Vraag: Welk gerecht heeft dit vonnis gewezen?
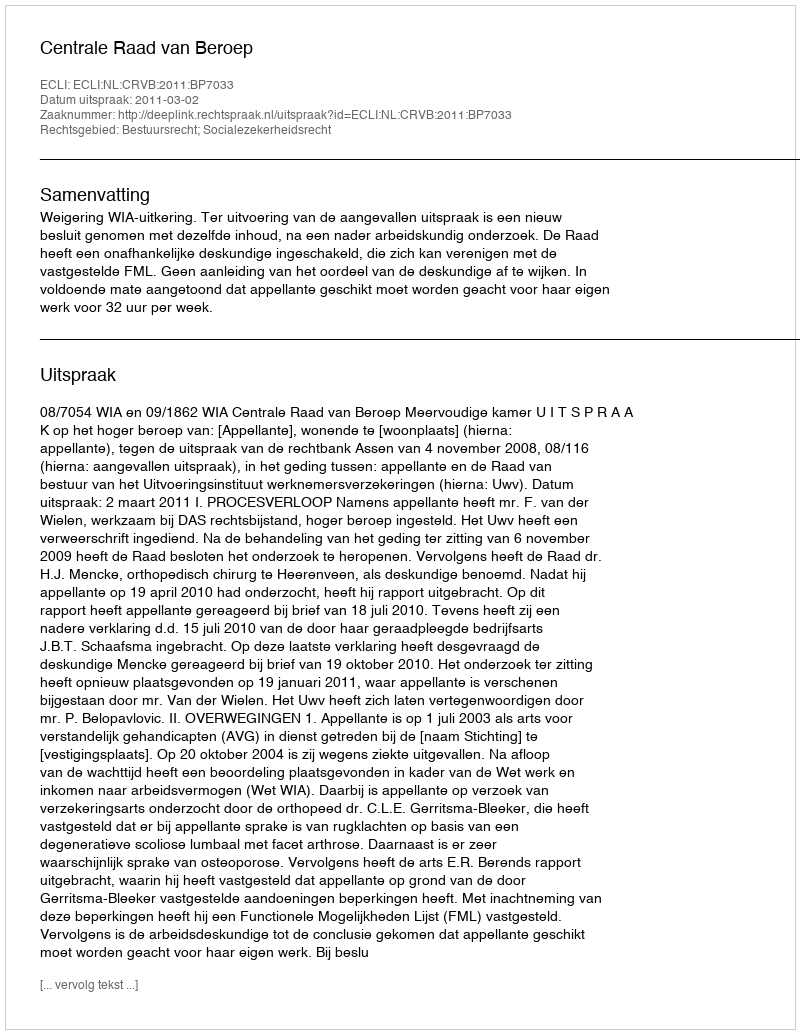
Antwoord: Centrale Raad van Beroep